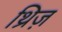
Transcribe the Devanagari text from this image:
थ्रिज़